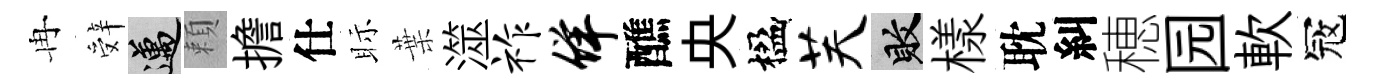
冉辤邁頼擔仕眎葉澨祚佯醮央楹芙敗樣耽糾穂园軟冦